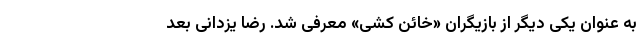
به عنوان یکی دیگر از بازیگران «خائن کشی» معرفی شد. رضا یزدانی بعد